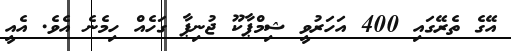
އޭގެ ތެރޭގައި 400 އަހަރުވީ ޝިމްޕާކޫ ޖުނިޕާ ގަހެއް ހިމެނެ އެވެ. އެއީ